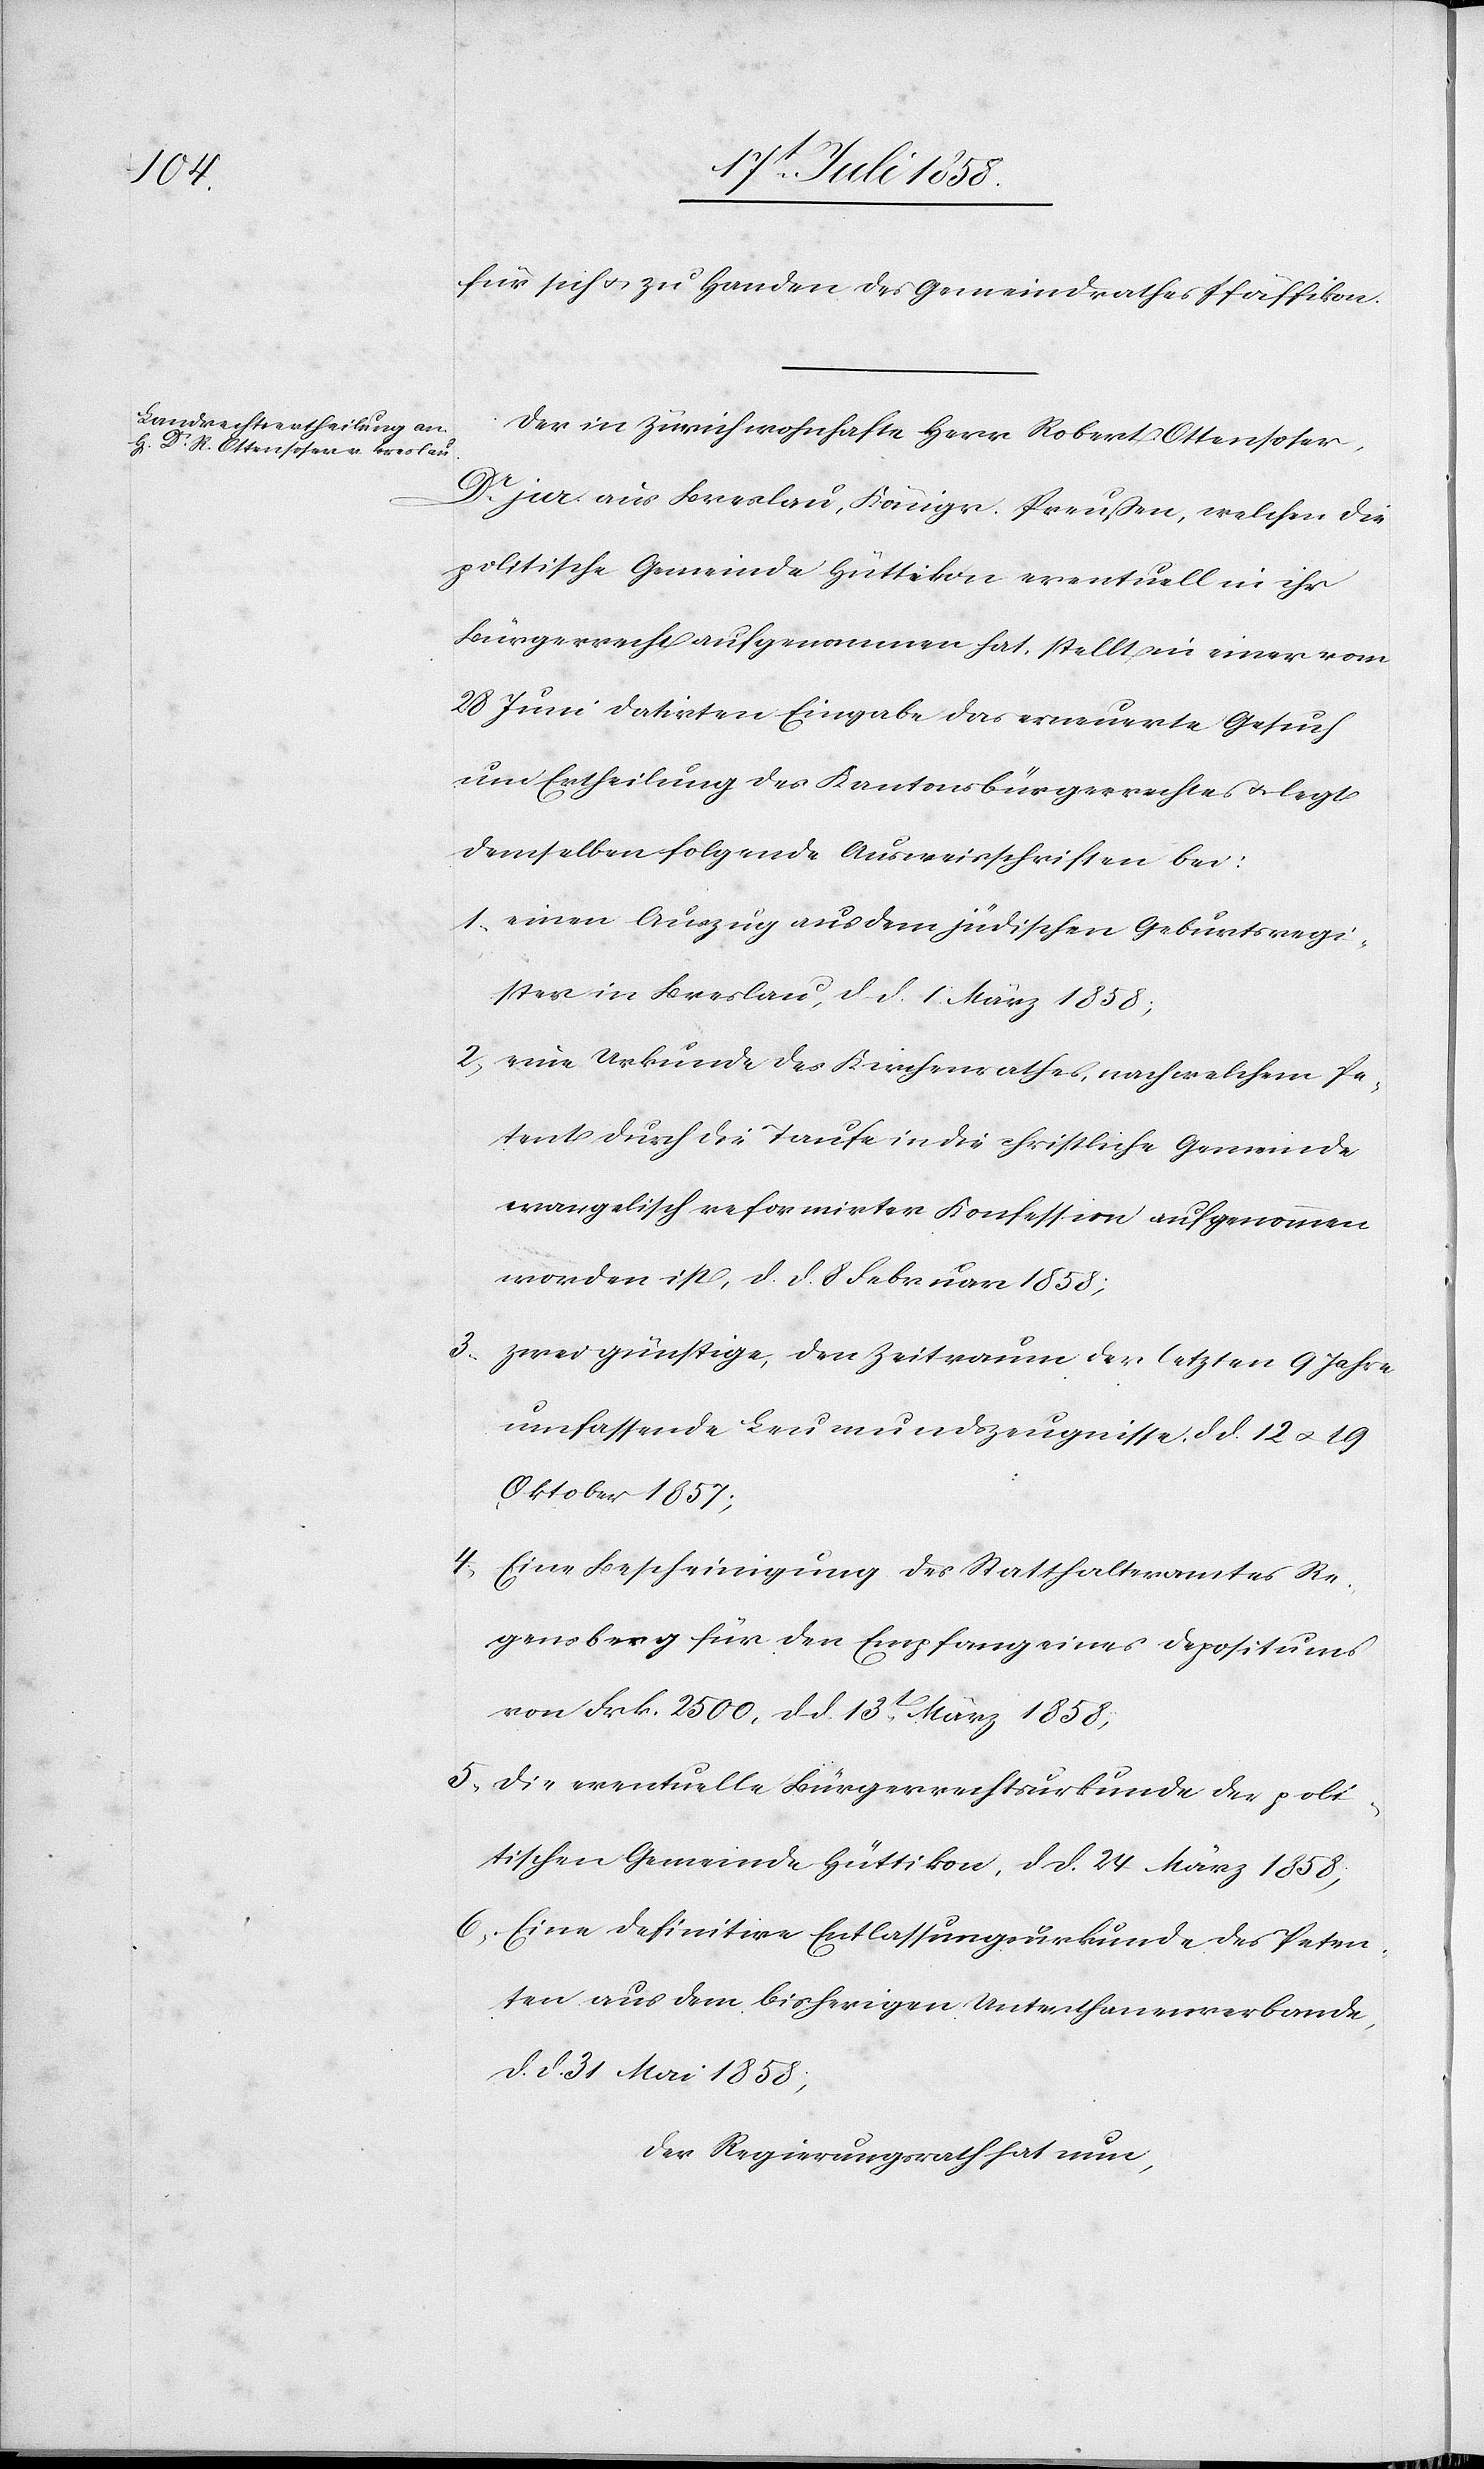
für sich & zu Handen des Gemeindrathes Pfäffikon.
Der in Zürich wohnhafte Herr Robert Ottensoser,
Dr. Jur. aus Breslau, Königr. Preußen, welchen die
politische Gemeinde Hüttikon eventuell in ihr
Bürgerrecht aufgenommen hat, stellt in einer vom
28 Juni datirten Eingabe das erneuerte Gesuch
um Ertheilung des Kantonsbürgerrechtes & legt
demselben folgende Ausweisschriften bei:
einen Auszug aus dem jüdischen Geburtsregi¬
ster in Breslau, d. d. 1. März 1858;
3.
eine Urkunde des Kirchenrathes, nach welchem Pe¬
tent durch die Taufe in die christliche Gemeinde
evangelisch reformirter Konfession aufgenommen
worden ist, d. d. 8 Februar 1858;
zwei günstige, den Zeitraum der letzten 9 Jahre
umfassende Leumundszeugnisse, d. d. 12 & 19
Oktober 1857;
Eine Bescheinigung des Statthalteramtes Re¬
gensberg für den Empfang eines Depositums
von Frk. 2500, d. d. 13t. März 1858;
Die eventuelle Bürgerrechtsurkunde der poli¬
tischen Gemeinde Hüttikon, d. d. 24 März 1858;
Eine definitive Entlassungsurkunde des Peten¬
ten aus dem bisherigen Unterthanenverbande,
d. d. 31 Mai 1858;
Der Regierungsrath hat nun,